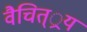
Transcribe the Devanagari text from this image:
वैचित््रय